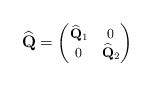
\begin{align*}\widehat{\mathbf{Q}}=\begin{footnotesize}\begin{pmatrix}\widehat{\mathbf{Q}}_1&0\\0&\widehat{\mathbf{Q}}_2\end{pmatrix}\end{footnotesize}\end{align*}